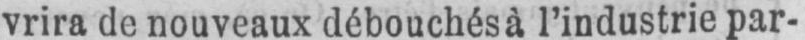
vrira de nouveaux débouchés à l’industrie par-